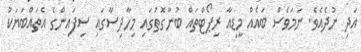
އަދި ނުދެއެވެ. ނަމަވެސް ބައެއް މީޑިއާ ރިޕޯޓްތައް ބުނާގޮތުގައި މިހާދިސާގައި ސިފައިންގެ އެތައްބަޔަކު